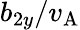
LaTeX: b_{2y}/v_{\mathrm{A}}